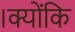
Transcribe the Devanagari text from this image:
।क्योंकि